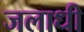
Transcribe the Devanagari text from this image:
जलाधी